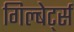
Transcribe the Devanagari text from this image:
गिल्बेर्ट्स